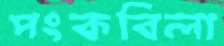
পংকবিলা